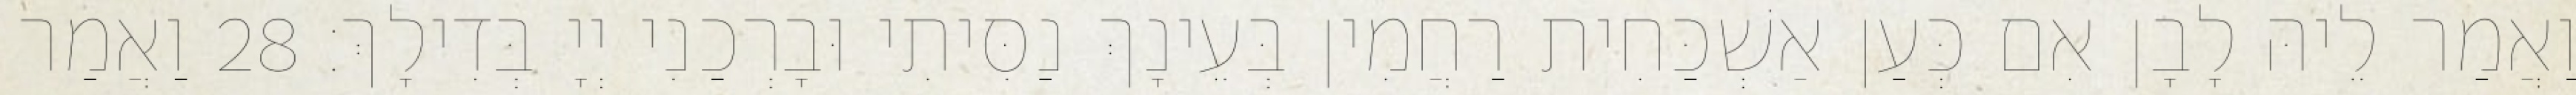
וַאֲמַר לֵיהּ לָבָן אִם כְּעַן אַשְׁכַּחִית רַחֲמִין בְּעֵינָךְ נַסִּיתִי וּבָרְכַנִי יְיָ בְּדִילָךְ׃ 28 וַאֲמַר